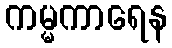
ကမ္မကာရေန